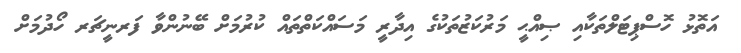
އަތޮޅު ހޮސްޕިޓަލްތަކާއި ޞިއްޙީ މަރުކަޒުތަކުގެ އިދާރީ މަސައްކަތްތައް ކުރުމަށް ބޭނުންވާ ފަރނީޗަރ ހޯދުމަށް